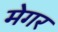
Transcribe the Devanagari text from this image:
मेगर